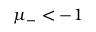
\mu _ { - } < - 1